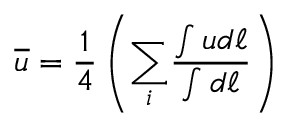
\overline { { u } } = \frac { 1 } { 4 } \left( { \sum _ { i } } \frac { \int u d { \ell } } { \int d { \ell } } \right)